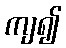
ကျ၍